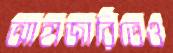
আহাজারিতেও